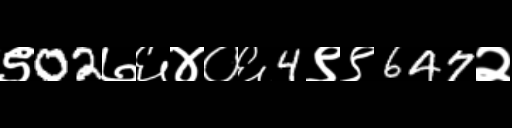
Text: ९02७६४०६4९९647२